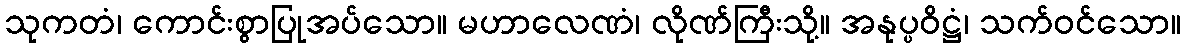
သုကတံ၊ ကောင်းစွာပြုအပ်သော။ မဟာလေဏံ၊ လိုဏ်ကြီးသို့။ အနုပ္ပဝိဋ္ဌံ၊ သက်ဝင်သော။